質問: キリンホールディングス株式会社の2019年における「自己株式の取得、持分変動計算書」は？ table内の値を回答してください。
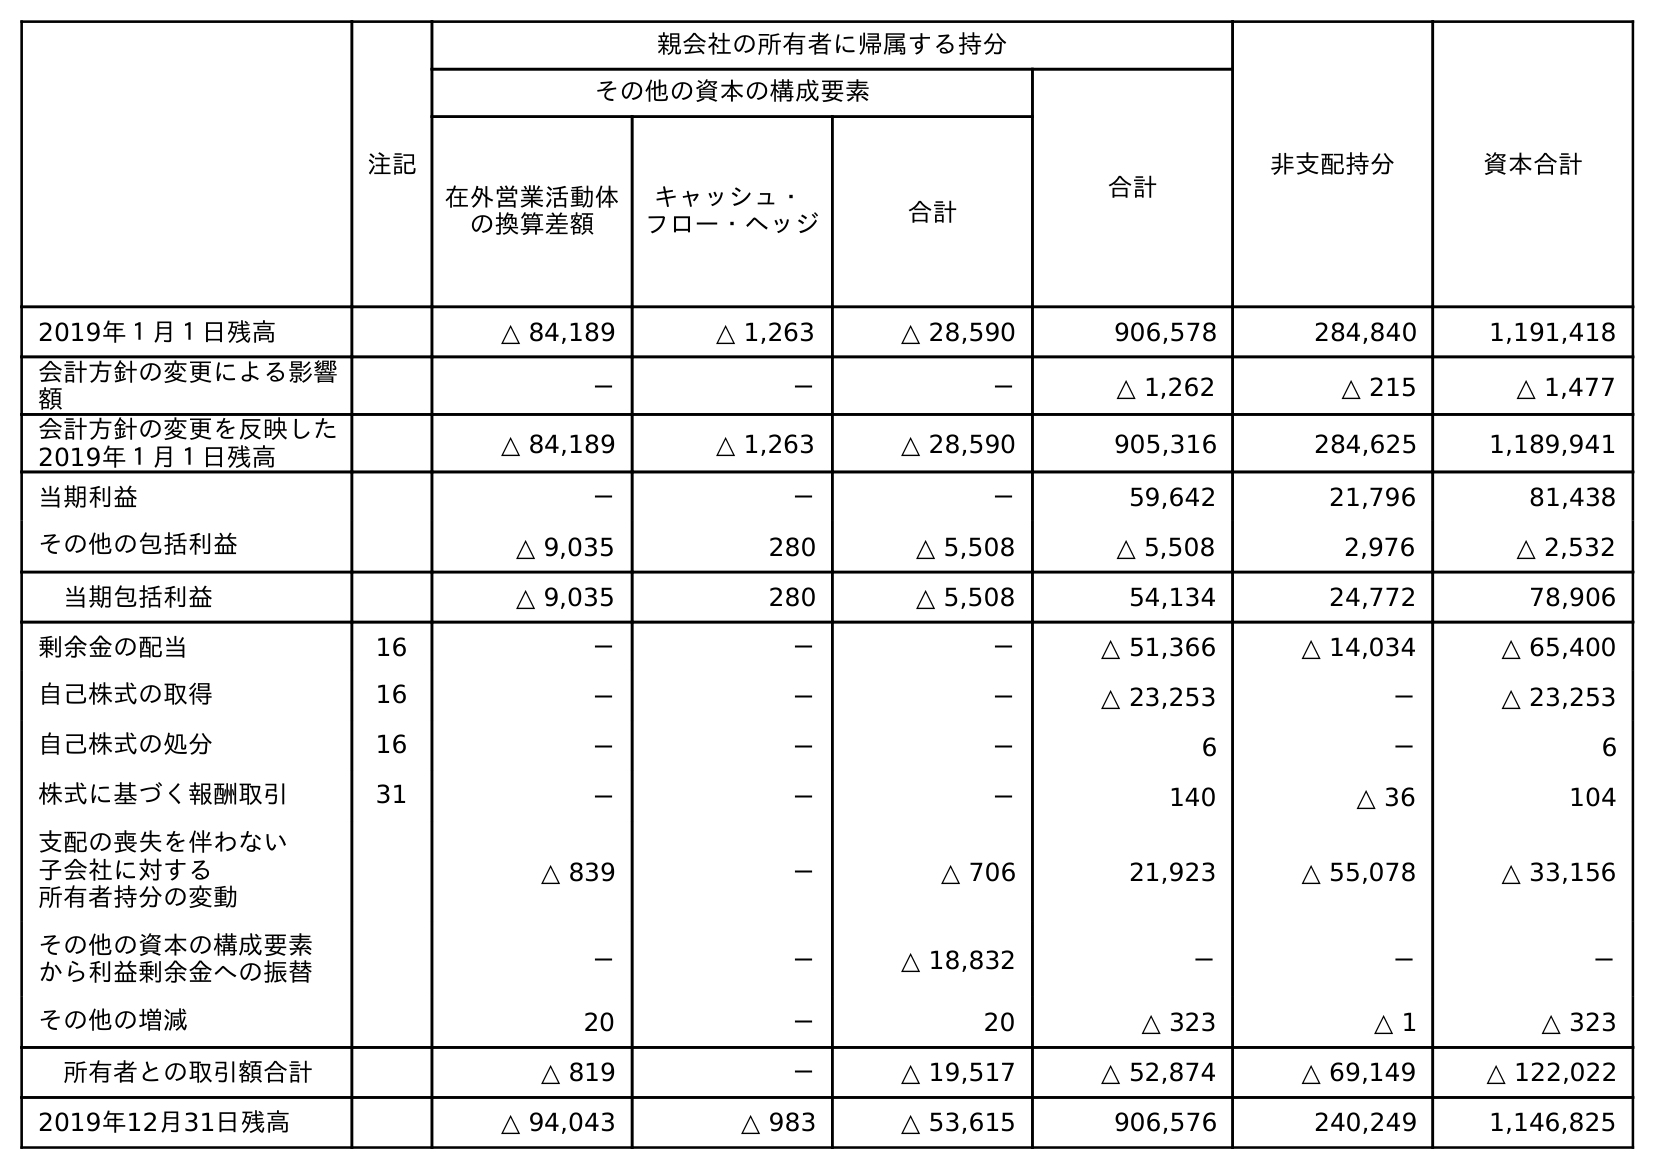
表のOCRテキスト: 注記 親会社の所有者に帰属する持分 非支配持分 資本合計 その他の資本の構成要素 合計 在外営業活動体 の換算差額 キャッシュ・ フロー・ヘッジ 合計 2019年１月１日残高 △ 84,189 △ 1,263 △ 28,590 906,578 284,840 1,191,418 会計方針の変更による影響 額 － － － △ 1,262 △ 215 △ 1,477 会計方針の変更を反映した 2019年１月１日残高 △ 84,189 △ 1,263 △ 28,590 905,316 284,625 1,189,941 当期利益 － － － 59,642 21,796 81,438 その他の包括利益 △ 9,035 280 △ 5,508 △ 5,508 2,976 △ 2,532 当期包括利益 △ 9,035 280 △ 5,508 54,134 24,772 78,906 剰余金の配当 16 － － － △ 51,366 △ 14,034 △ 65,400 自己株式の取得 16 － － － △ 23,253 － △ 23,253 自己株式の処分 16 － － － 6 － 6 株式に基づく報酬取引 31 － － － 140 △ 36 104 支配の喪失を伴わない 子会社に対する 所有者持分の変動 △ 839 － △ 706 21,923 △ 55,078 △ 33,156 その他の資本の構成要素 から利益剰余金への振替 － － △ 18,832 － － － その他の増減 20 － 20 △ 323 △ 1 △ 323 所有者との取引額合計 △ 819 － △ 19,517 △ 52,874 △ 69,149 △ 122,022 2019年12月31日残高 △ 94,043 △ 983 △ 53,615 906,576 240,249 1,146,825
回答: △23,253